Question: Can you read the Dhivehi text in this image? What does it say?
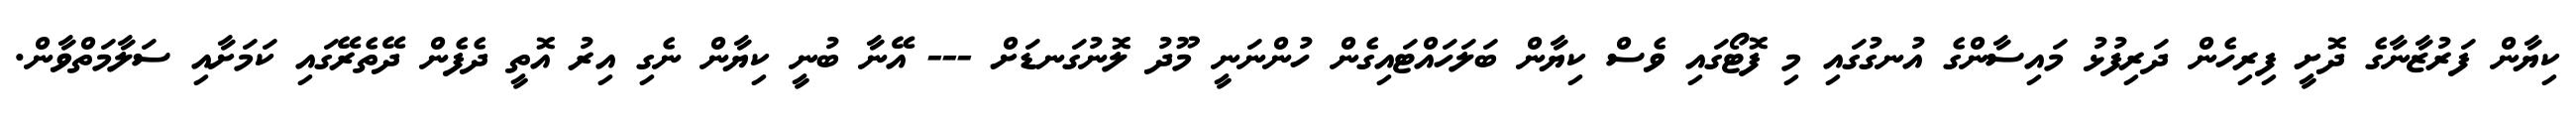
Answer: ކިޔާން ފަރުޒާނާގެ ދޮށީ ފިރިހެން ދަރިފުޅު މައިސާންގެ އުނގުގައި މި ފޮޓޯގައި ވެސް ކިޔާން ބަލަހައްޓައިގެން ހުންނަނީ މޫދު ލޮނުގަނޑަށް --- އޭނާ ބުނީ ކިޔާން ނެގި އިރު އޮތީ ދެފެން ދޭތެރޭގައި ކަމަށާއި ސަލާމަތްވާން.